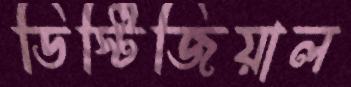
ডিস্টিজিয়াল